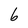
Character: 6